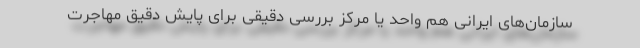
سازمان‌های ایرانی هم واحد یا مركز بررسی دقیقی برای پایش دقیق مهاجرت